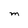
Character: M